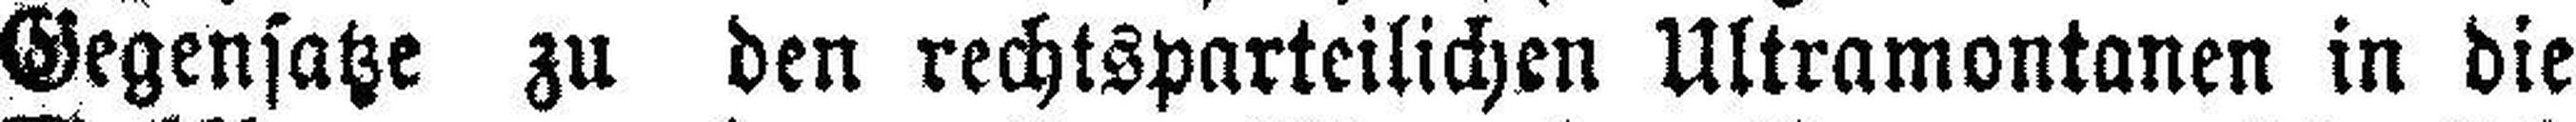
Gegensatze zu den rechtsparteilichen Ultramontanen in die